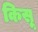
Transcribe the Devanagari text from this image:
किसू